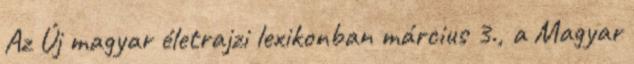
Az Új magyar életrajzi lexikonban március 3., a Magyar